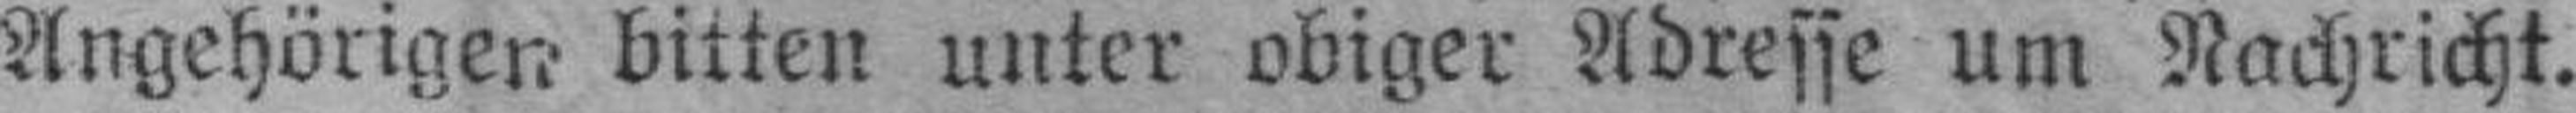
Angehörigen bitten unter obiger Adresse um Nachricht.